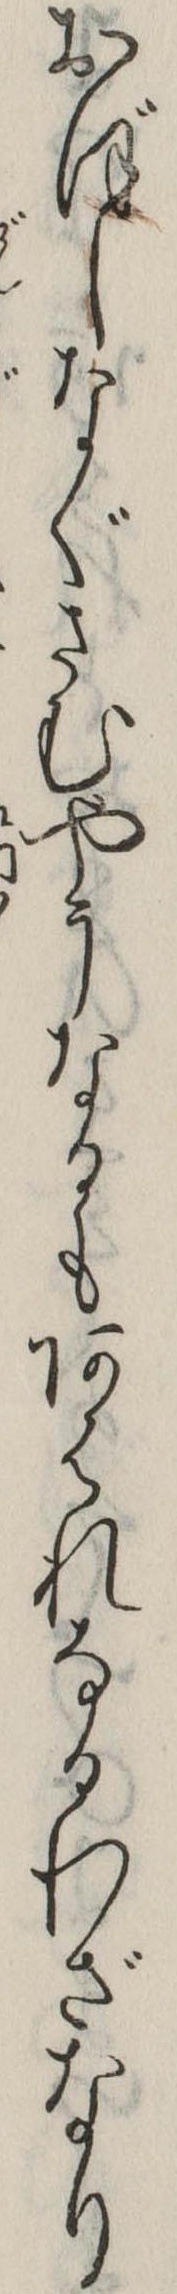
おぼしなぐさむやうなるもあはれなるわざなり